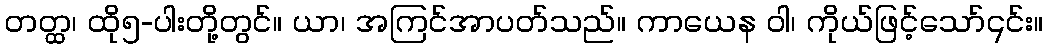
တတ္ထ၊ ထို၅-ပါးတို့တွင်။ ယာ၊ အကြင်အာပတ်သည်။ ကာယေန ဝါ၊ ကိုယ်ဖြင့်သော်၎င်း။